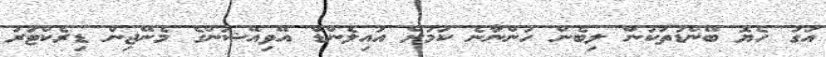
އަގު ހެޔޮ ބޭންޑުތަކުން ލިބެން ހުންނާނެ ކަމަށް އައިލެންޑް އޭވިއޭޝަންގެ މެނޭޖިން ޑިރެކްޓަރު